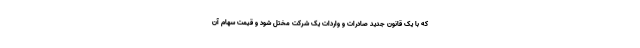
که با یک قانون جدید صادرات و واردات یک شرکت مختل شود و قیمت سهام آن